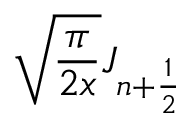
\sqrt { \frac { \pi } { 2 x } } J _ { n + \frac { 1 } { 2 } }